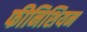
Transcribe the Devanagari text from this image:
फीनिशियन